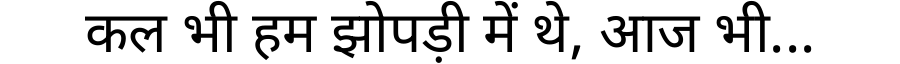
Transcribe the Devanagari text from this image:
कल भी हम झोपड़ी में थे, आज भी...